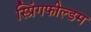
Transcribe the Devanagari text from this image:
स्प्रिंगफील्डम